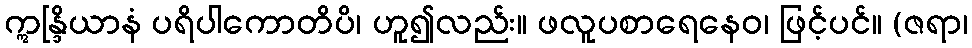
ဣန္ဒြိယာနံ ပရိပါကောတိပိ၊ ဟူ၍လည်း။ ဖလူပစာရေနေဝ၊ ဖြင့်ပင်။ (ဇရာ၊